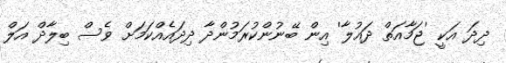
ދިދަ އަކީ 'ޖަމާއަތް ދައުލާ' އިން ބޭނުންކުރަމުންދާ ދިދައެއްކަމަށް ވެސް ބިލާދް އަލް